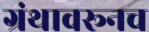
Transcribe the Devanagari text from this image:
ग्रंथावरूनच